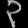
Digit: ၃